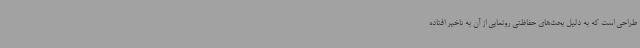
طراحی است که به دلیل بحث‌های حفاظتی رونمایی از آن به تاخیر افتاده